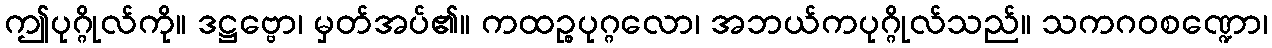
ဤပုဂ္ဂိုလ်ကို။ ဒဋ္ဌဗ္ဗော၊ မှတ်အပ်၏။ ကထဉ္စပုဂ္ဂလော၊ အဘယ်ကပုဂ္ဂိုလ်သည်။ သကဂဝစဏ္ဍော၊